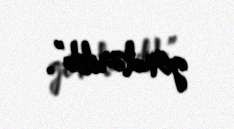
göndərilib”.